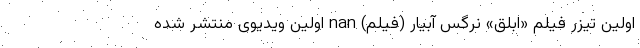
اولین تیزر فیلم «ابلق» نرگس آبیار (فیلم) nan اولین ویدیوی منتشر شده